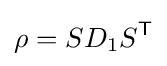
\rho =SD_{1}S^{\mathsf {T}}